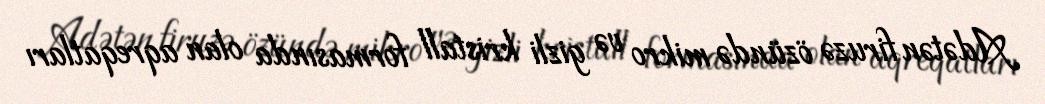
Adətən firuzə özündə mikro və gizli kristall formasında olan aqreqatları